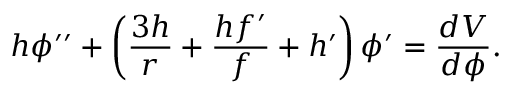
h \phi ^ { \prime \prime } + \left( \frac { 3 h } { r } + \frac { h f ^ { \prime } } { f } + h ^ { \prime } \right) \phi ^ { \prime } = \frac { d V } { d \phi } .